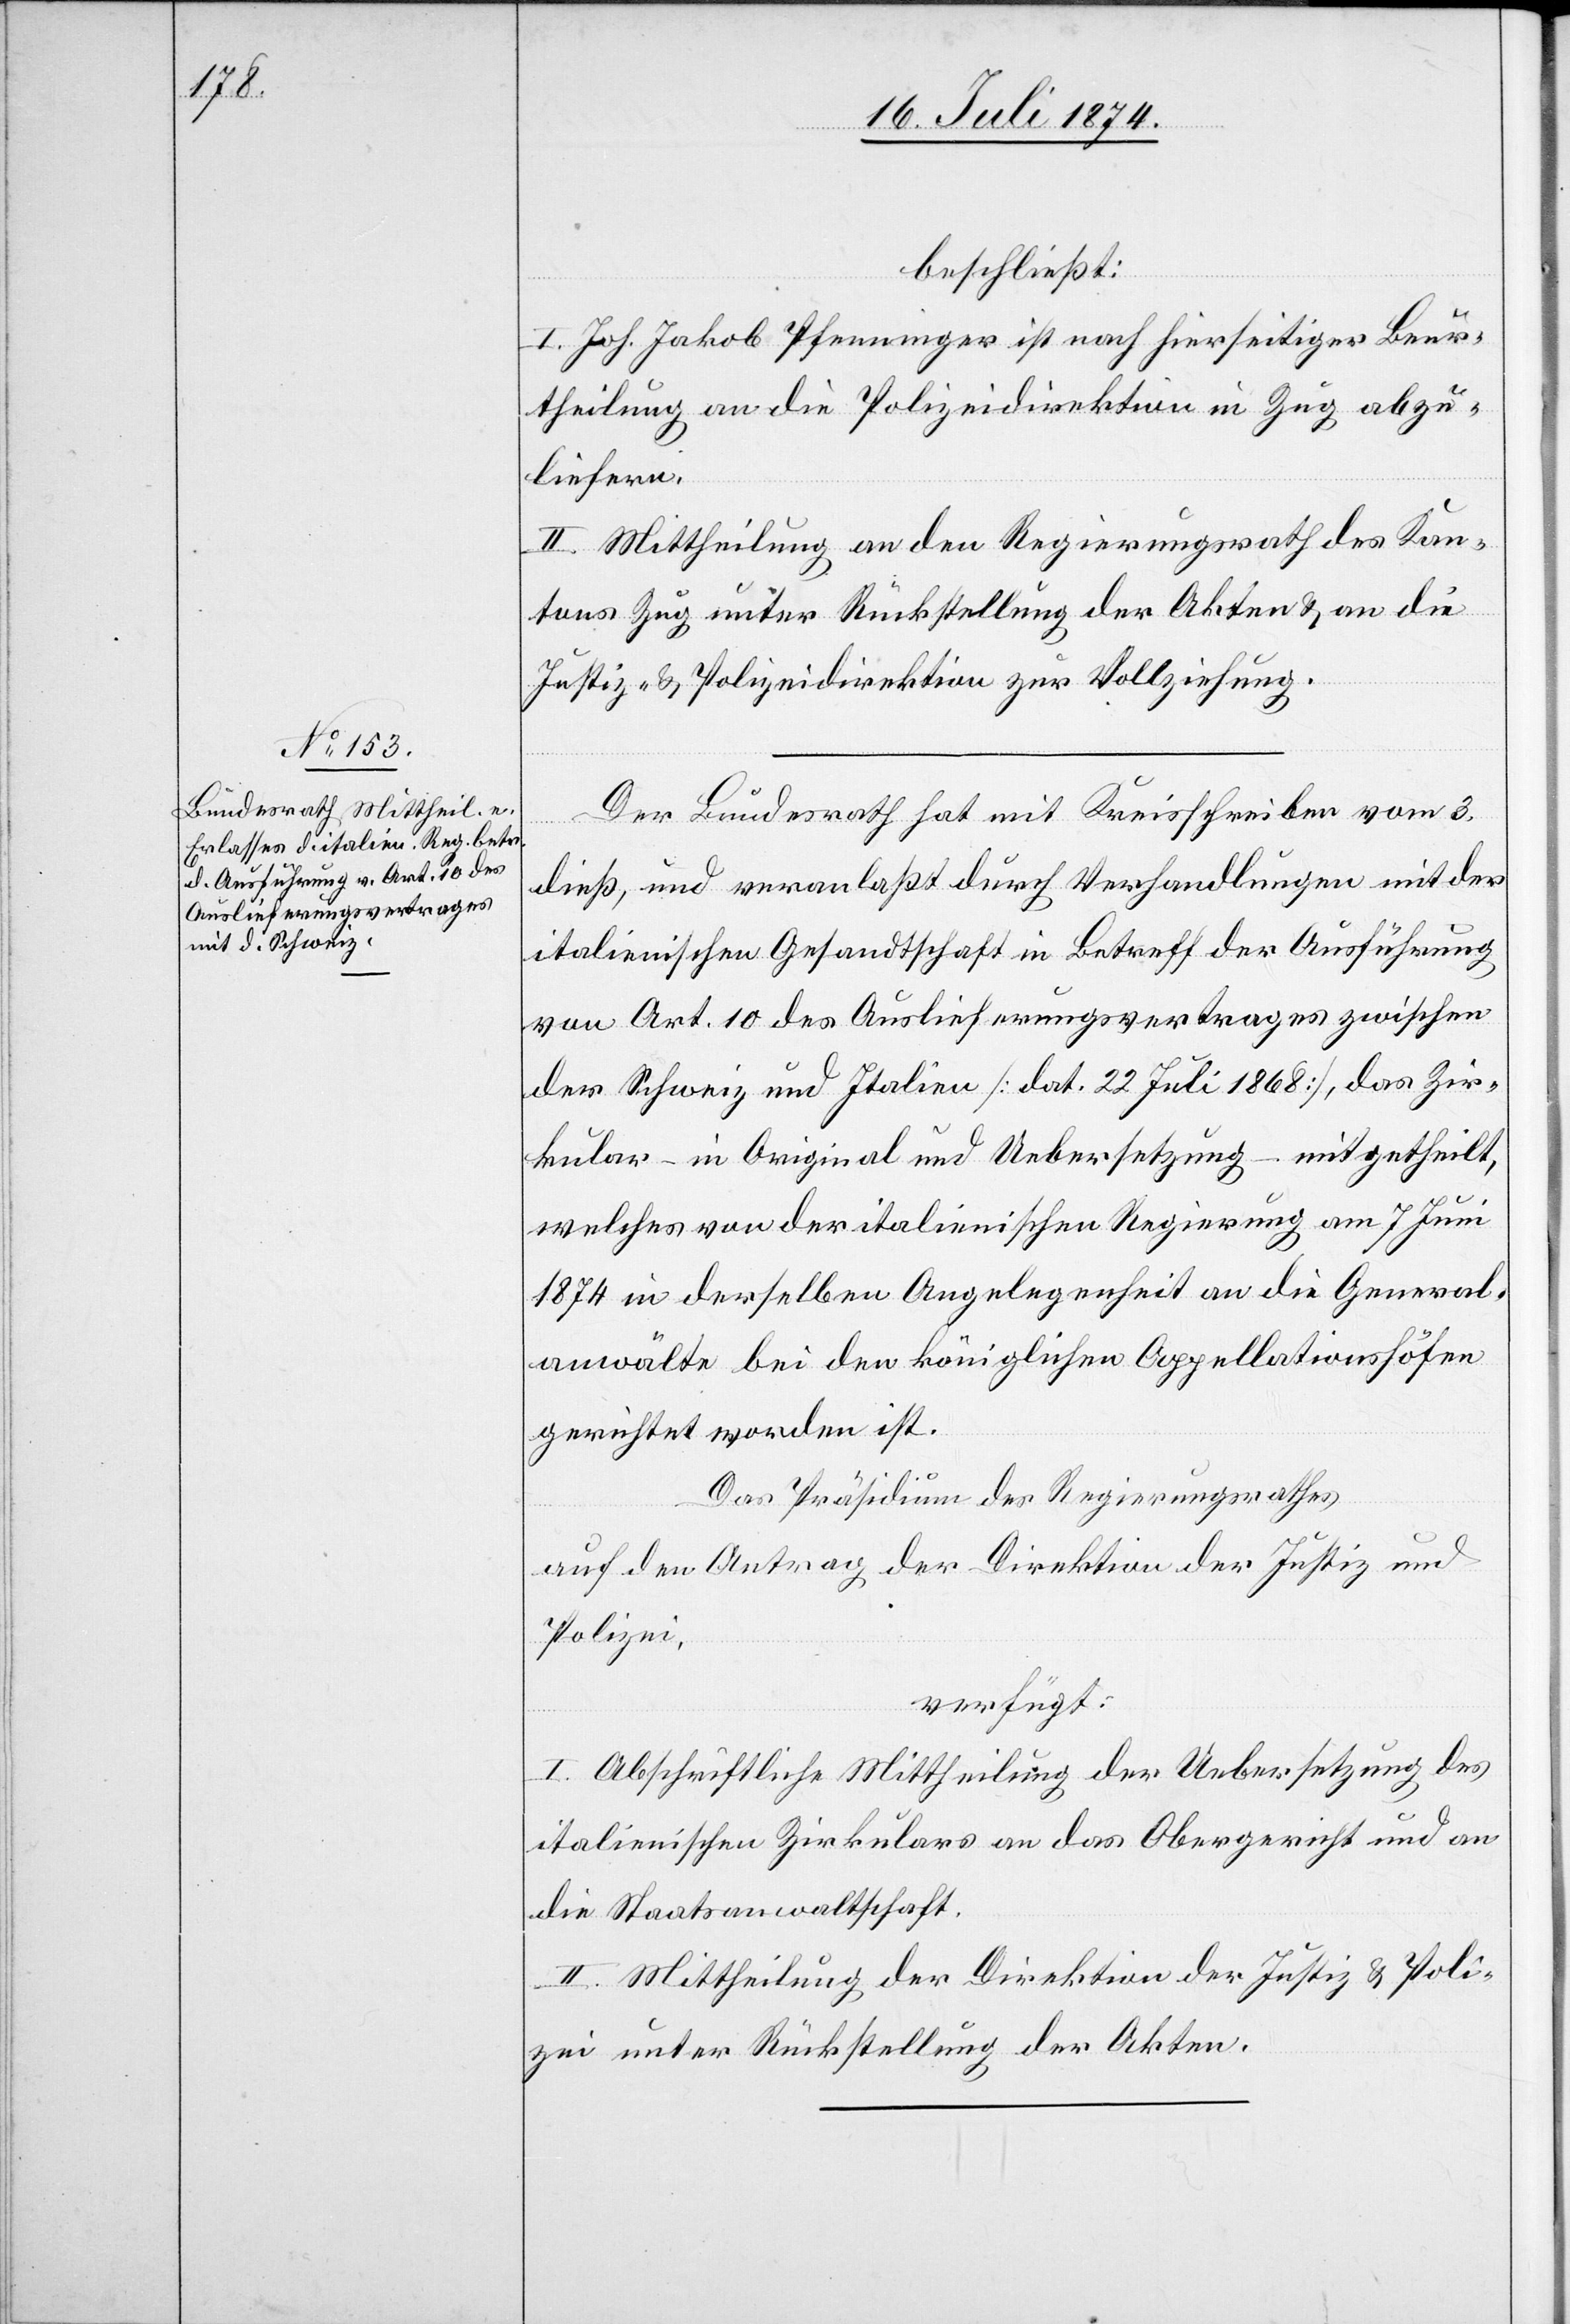
20. Juli 1874.]
beschließt:
I. Joh. Jakob Pfenninger ist nach hierseitiger Beur¬
theilung an die Polizeidirektion in Zug abzu¬
liefern.
II. Mittheilung an den Regierungsrathe des Kan¬
tons Zug unter Rückstellung der Akten u. an die
Justiz- u. Polizeidirektion zur Vollziehung.
Der Bundesrath hat mit Kreisschreiben vom 3.
dieß, und veranlaßt durch Verhandlungen mit der
italienischen Gesandtschaft in Betreff der Ausführung
von Art. 10 des Auslieferungsvertrages zwischen
der Schweiz und Italien [dat. 22 Juli 1868], das Zir¬
kular – in Original und Uebersetzung – mitgetheilt,
welches von der italienischen Regierung am 7. Juni
1874 in derselben Angelegenheit an die Generals¬
anwälte bei den königlichen Appellationshöfen
gerichtet worden ist.
Das Präsidium des Regierungsrathes,
auf den Antrag der Direktion der Justiz und
Polizei,
verfügt:
I. Abschriftliche Mittheilung der Uebersetzung des
italienischen Zirkulares an das Obergericht und an
die Staatsanwaltschaft.
II. Mittheilung der Direktion der Justiz u. Poli¬
zei unter Rückstellung der Akten.